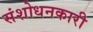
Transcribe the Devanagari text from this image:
संशोधनकारी